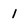
Character: 1